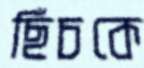
ছিঁচকে